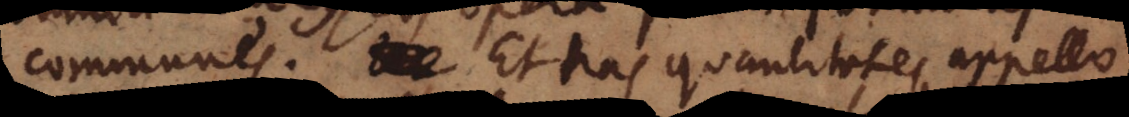
communes. Et has quantitates appello